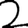
Digit: 2